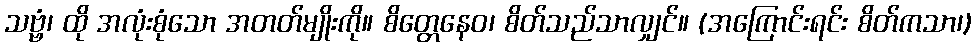
သဗ္ဗံ၊ ထို အလုံးစုံသော အတတ်မျိုးကို။ စိတ္တေနေဝ၊ စိတ်သည်သာလျှင်။ (အကြောင်းရင်း စိတ်ကသာ၊)